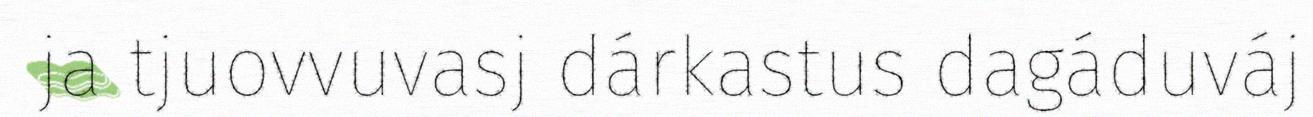
ja tjuovvuvasj dárkastus dagáduváj